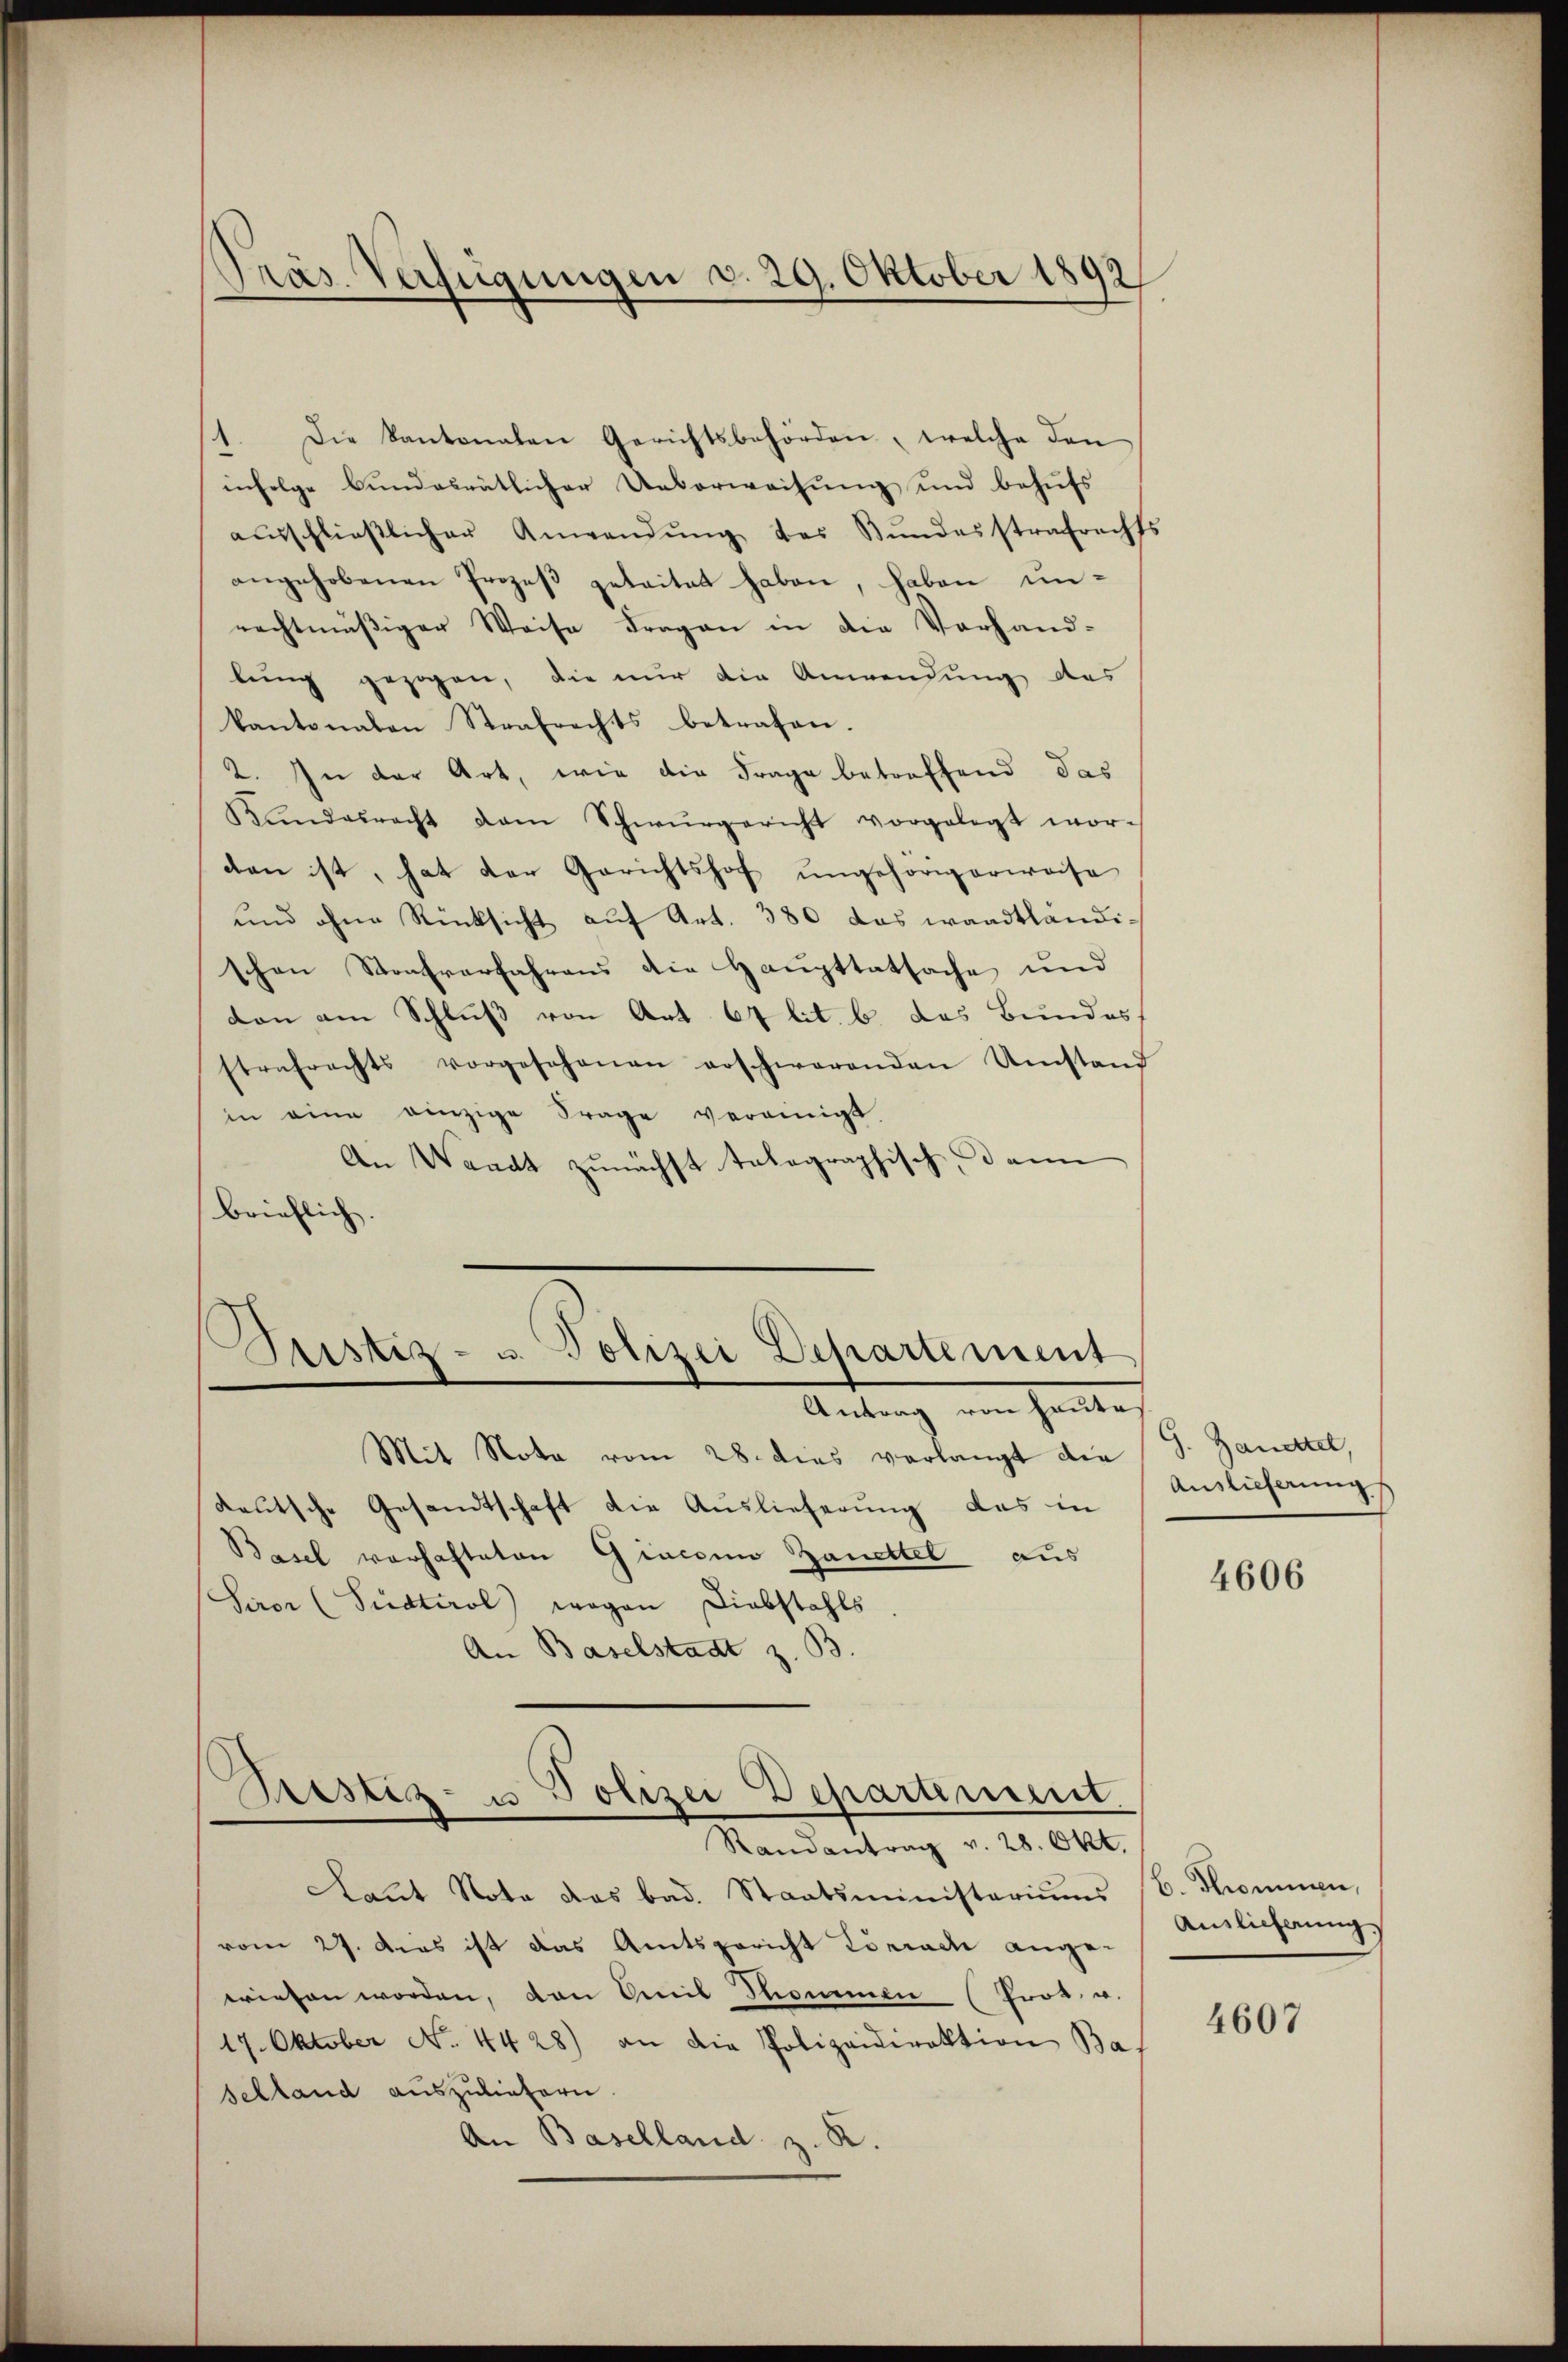
Pras. Verfügungen d. 29. Oktober 1892

infolge bundesrätlicher Ueberweisung und behufs
aŭsschlieβlicher Anwendŭng des Bŭndesstrafrecht
angehobenen Prozeβ geleitet haben, haben un-
rechtmäßiger Weise Fragen in die Vorhand-
lung gezogen, die nur die Anwendung des
kantonalen Strafrechts betrafen.
2. In der Art, wie die Frage betreffend das
Kŭndesrecht dem Schwurgericht vorgelegt wordan ist, hat der Gerichtshof ŭngehörigerweise
und ohne Rücksicht auf Art. 380 das waadtländischen Strafverfahrens die Haupttatsache und
don am Schluß von Art. 67 lit. b das Bundes
strafrechts vorgesehenen erschwerenden Umstand
in eine einzige Frage vereinigt
An Waadt zunächst tolographisch, dann
brieflich.

1. Die kantonalen Gerichtsbehörden, welche den

s
Pustiz- u. Polizei Departement
Antrag von heute

Prestiz- u Polizei Departement
Randantrag v. 28. Okt.

Mit Nota vom 28. dies verlangt die S. Zanettel,
kautsche Gesandtschaft die Auslieferung das in
Basel vorhafteten Gracoin Zanettel aus
Sirer (Sudtirol wegen Diebstahls
An Baselstadt z. B.

Laŭt Nota das bad. Staatsministeriums
vom 27. Das ist das Amtsgericht Lörrach ange-
wiesen worden, von Omnil Thommen (Prot. u.
17. Oktober No. 4428) an die Polizeidirektion Ba
selland auszuliefern
An Baselland z. R.

8

Auslieferung

4606

b. Thommen,
Ainlicherung

4607